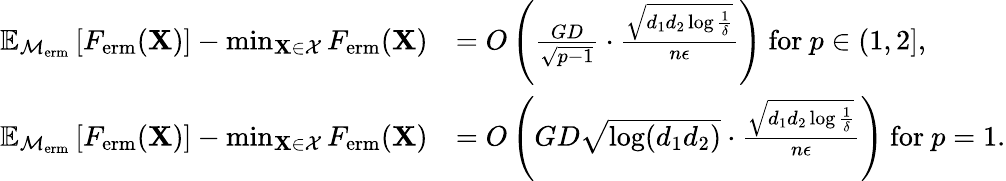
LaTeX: \begin{array}{rl}{\mathbb{E}_{\mathcal{M}_{\textup{erm}}}\left[F_{\textup{erm}}(\mathbf{X})\right]-\operatorname*{min}_{\mathbf{X}\in\mathcal{X}}F_{\textup{erm}}(\mathbf{X})}&{=O\left(\frac{GD}{\sqrt{p-1}}\cdot\frac{\sqrt{d_{1}d_{2}\log\frac 1\delta}}{n\epsilon}\right)\mathrm{~for~}p\in(1,2],}\\ {\mathbb{E}_{\mathcal{M}_{\textup{erm}}}\left[F_{\textup{erm}}(\mathbf{X})\right]-\operatorname*{min}_{\mathbf{X}\in\mathcal{X}}F_{\textup{erm}}(\mathbf{X})}&{=O\left(GD\sqrt{\log(d_{1}d_{2})}\cdot\frac{\sqrt{d_{1}d_{2}\log\frac 1\delta}}{n\epsilon}\right)\mathrm{~for~}p=1.}\end{array}